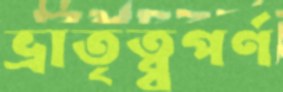
ভ্রাতৃত্ব্বপর্ণ